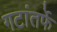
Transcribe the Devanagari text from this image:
गटांतर्फे